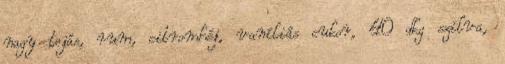
nagy tojás, rum, citromhéj, vaníliás cukor, 40 dkg szilva,